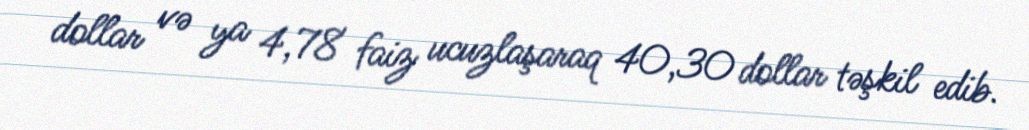
dollar və ya 4,78 faiz ucuzlaşaraq 40,30 dollar təşkil edib.